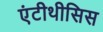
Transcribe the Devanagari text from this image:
एंटीथीसिस